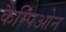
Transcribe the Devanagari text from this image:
कैम्पिओन